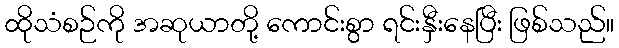
ထိုသံစဉ်ကို အဆုယာတို့ ကောင်းစွာ ရင်းနှီးနေပြီး ဖြစ်သည်။